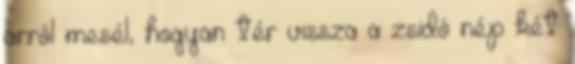
arról mesél, hogyan tér vissza a zsidó nép két